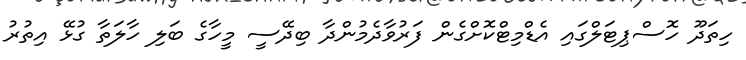
ހިތަދޫ ހޮސްޕިޓަލްގައި އެޑްމިޓްކޮށްގެން ފަރުވާދެމުންދާ ބިދޭސީ މީހާގެ ބަލި ހާލަތާ ގުޅޭ އިތުރު